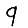
Digit: 9